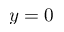
y = 0